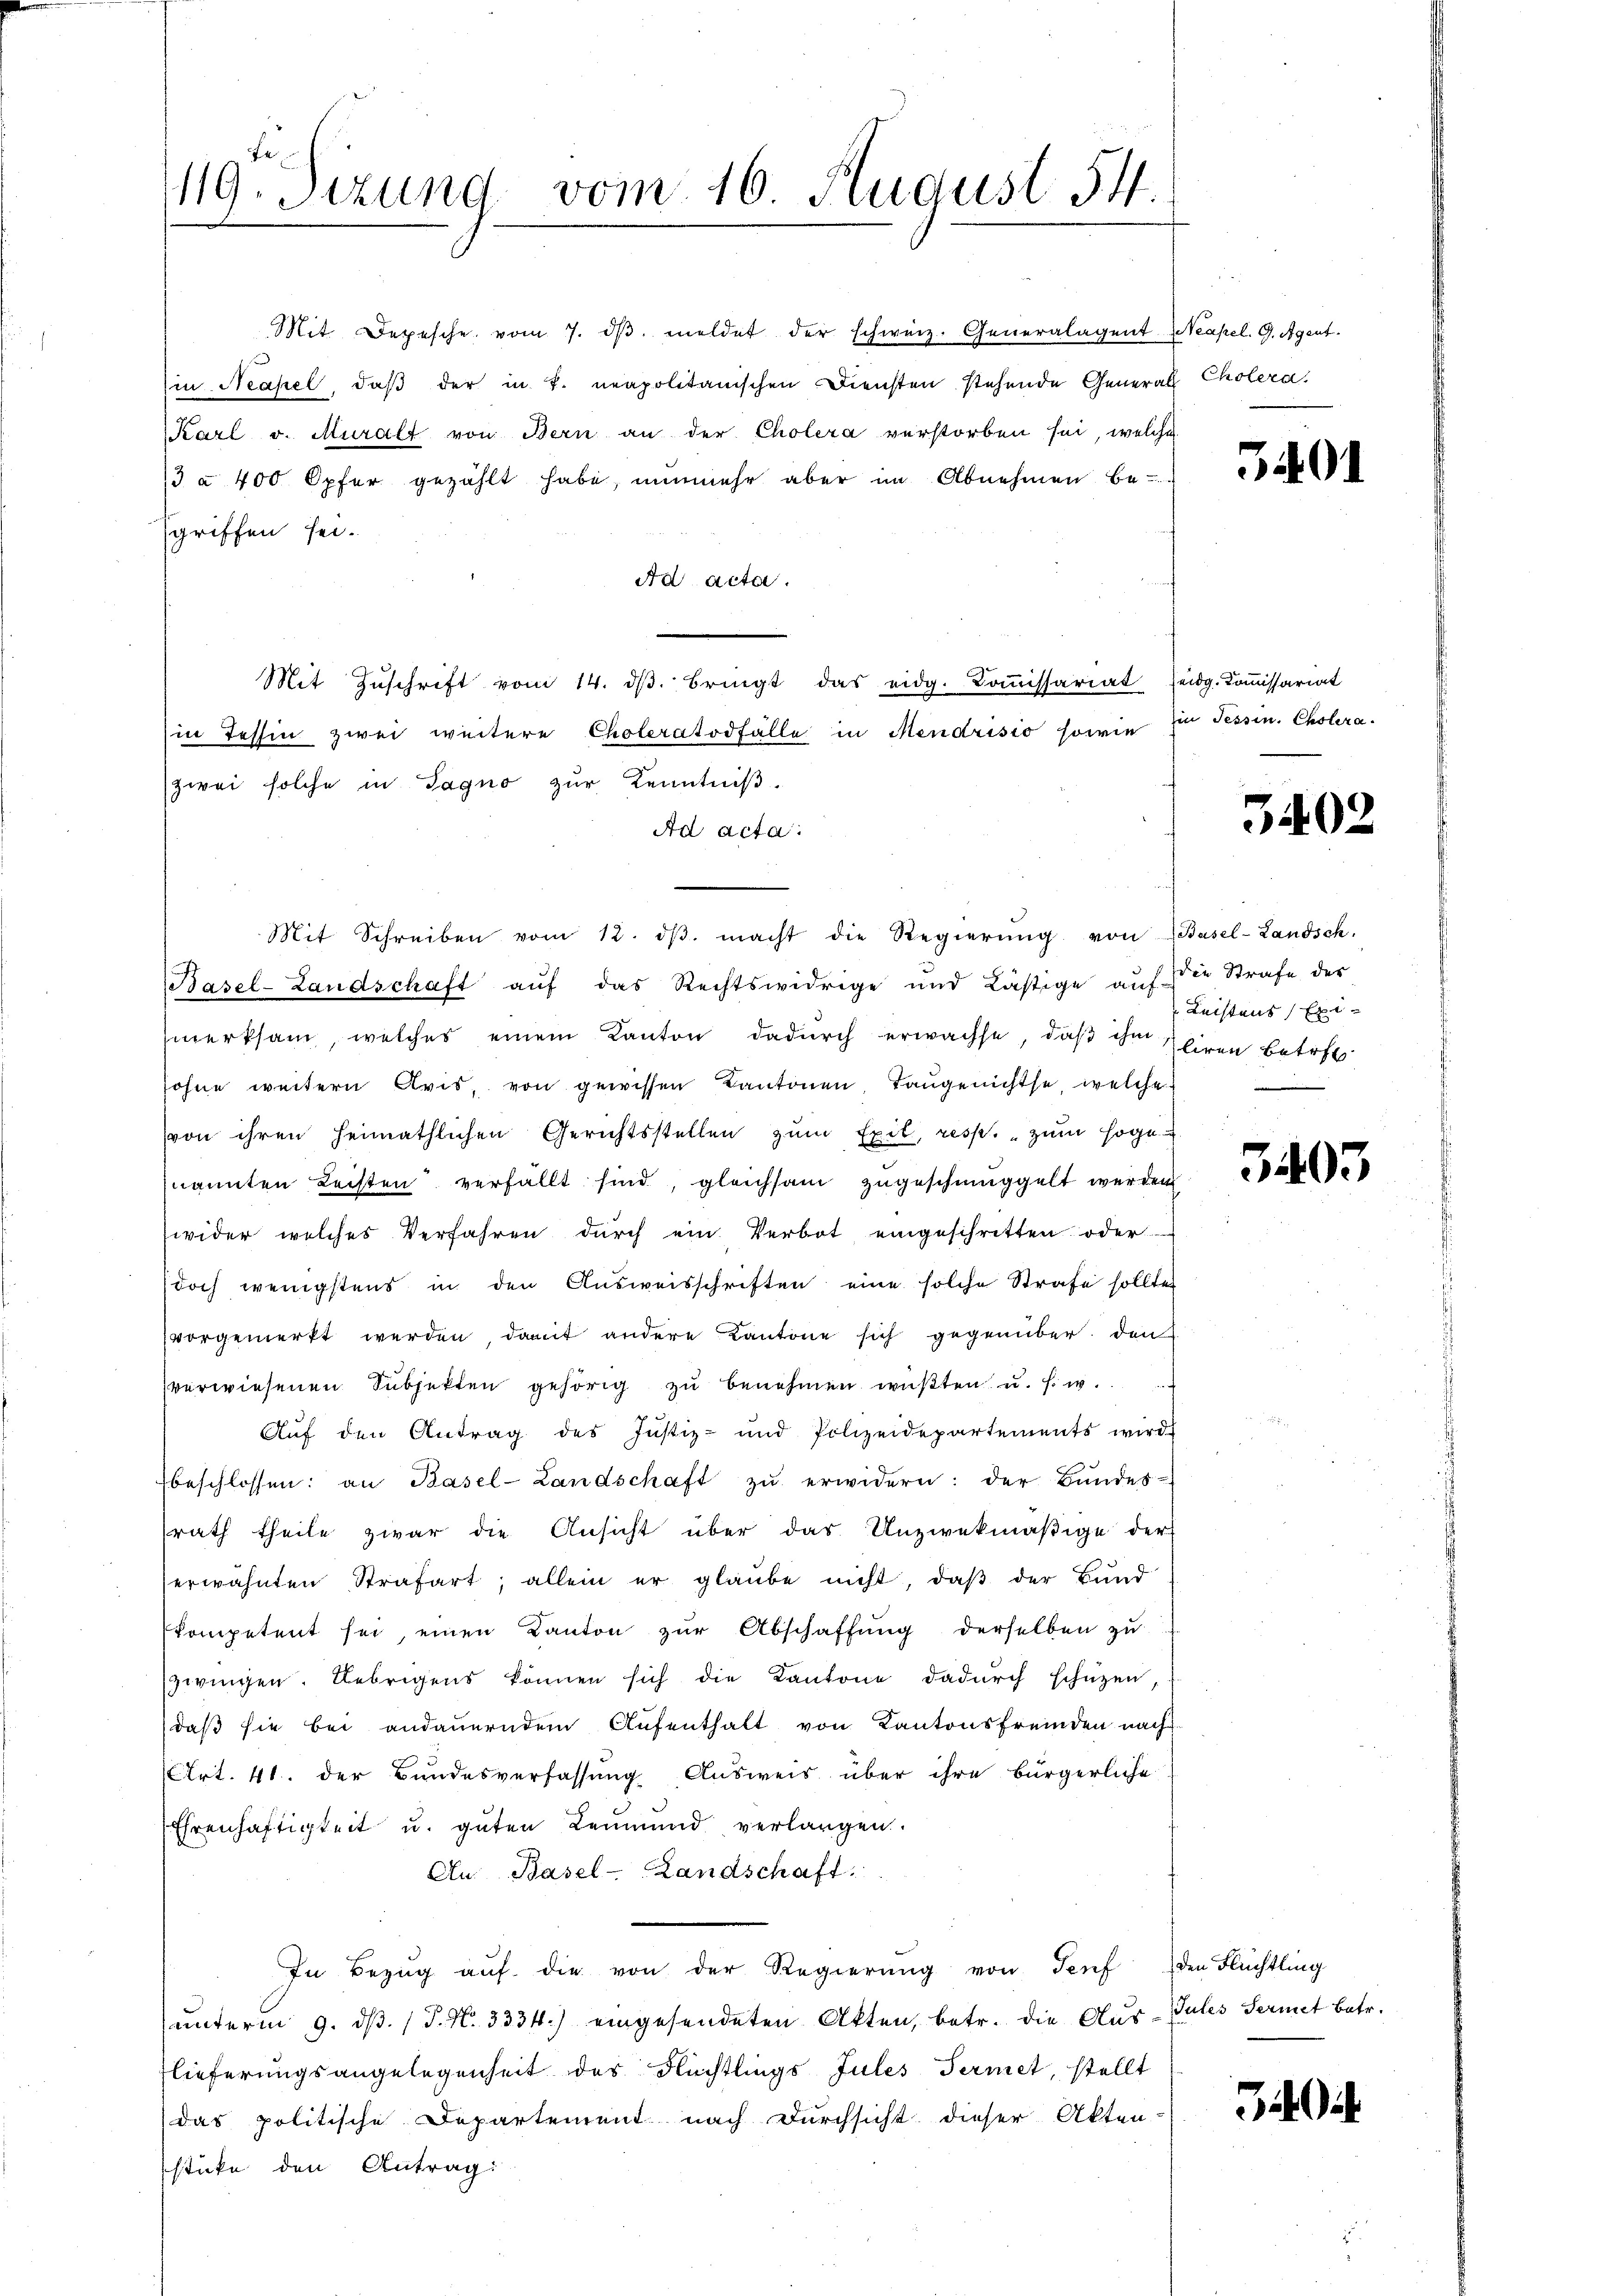
Mit Depesche vom 7. dβ meldet der schweiz. Generalagent Neapel. G. Agent
in Neapel, daß der in T. neapolitanischen Diensten stehende General Cholera.
Karl v. Muralt von Bern an der Cholera verstorben sei, welche
3 à 400 Opfer gezählt habe, nunmehr aber im Abnehmen be-
sgriffen sei.
Ad acta.
Mit Zŭschrift vom 14. dβ. bringt das eidg. Koṁissariat seidg. Koṁissariat
in Tessin zwei weitere Choleratodfälle in Mendrisio sowie zu Fessen. Cholera.
zwei solche in Sagno zŭr Kenntniβ.
Ad acta.
Mit Schreiben vom 12. dβ. macht die Regierŭng von Basel-Landsch.
Basel-Landschaft auf das Rechtswidrige und Lästige aŭf die Strafe der
merksam, welches einem Kanton dadurch erwachse, daß ihm liren betret
sohne weitern Avis, von gewissen Kantonen Taugenichtse, welche
von ihren heimathlichen Gerichtsstellen zum Exil, resp. „zum Hoge
nannten Leisten verfällt sind, gleichsam zugeschmuggelt werden
wider welches Verfahren dŭrch ein Verbot eingeschritten oder
(doch wenigstens in den Aŭsweisschriften eine solche Strafe sollten
vorgemerkt werden, damit andere Kantone sich gegenüber den
verwiesenen Subjekten gehörig zu benehmen wüßten u. s. w.
Auf den Antrag des Justiz- und Polizeidepartements wird
beschlossen: an Basel-Landschaft zŭ erwidern: der Bundes-
rath theile zwar die Ansicht über das Unzwekmäßige der
erwähnten Strafart; allein er glaube nicht, daβ der Bund
kompetent sei, einen Kanton zŭr Abschaffung derselben zu
zwingen. Uebrigens können sich die Kantone dadurch schüzen
daß sie bei andauerndem Aufenthalt von Kantonsfremden nach
Art. 41. der Bundesverfassung Ausweis über ihre bürgerliche
Ehrenhaftigkeit u. guten Leŭmund verlangen.
Au: Basel-Landschaft.
In Bezŭg aŭf die von der Regierŭng von Senf den Flüchtling
unterm 9. ds. (T. N. 3334.) eingesendeten Akten, betr. die Aus-Tules Sermet betr.
lieferungsangelegenheit des Flüchtlings Jules Termit, stellt
(das politische Departement nach Durchsicht dieser Akten-
sticke den Antrag:

119. Jezung vom 16. August 54.

5401

3402

Leistens Exi-

3403

3404